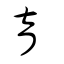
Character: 育